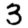
Digit: 3